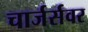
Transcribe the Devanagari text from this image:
चार्जर्सवर